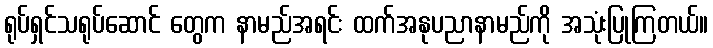
ရုပ်ရှင်သရုပ်ဆောင် တွေက နာမည်အရင်း ထက်အနုပညာနာမည်ကို အသုံးပြုကြတယ်။